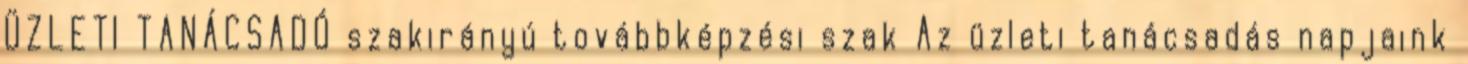
ÜZLETI TANÁCSADÓ szakirányú továbbképzési szak Az üzleti tanácsadás napjaink